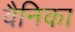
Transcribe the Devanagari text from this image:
वैनिका